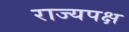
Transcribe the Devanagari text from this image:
राज्यपक्ष